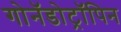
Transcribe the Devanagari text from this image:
गोनॅडोट्रॉपिन